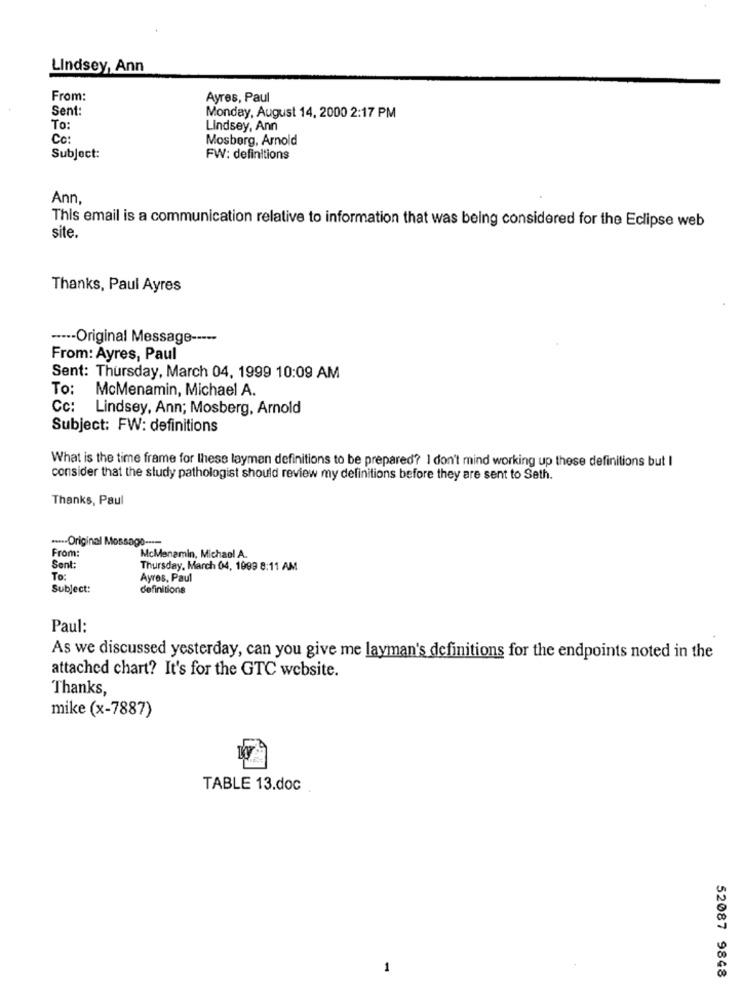
Lindsey, Ann
From:
Ayres, Paul
Sent:
Monday, August 14, 2000 2:17 PM
To:
Lindsey, Ann
Co:
Mosberg, Arnold
Subject:
FW: definitions
Ann,
This email is a communication relative to information that was being considered for the Eclipse web
site.
Thanks, Paul Ayres
----- Original Message -----
From: Ayres, Paul
Sent: Thursday, March 04, 1999 10:09 AM
To: McMenamin, Michael A.
Cc: Lindsey, Ann; Mosberg, Arnold
Subject: FW: definitions
What is the time frame for these layman definitions to be prepared? I don't mind working up these definitions but I
consider that the study pathologist should review my definitions before they are sent to Seth.
Thanks, Paul
····- Original Message ----
From :
McMenamin, Michael A.
Sent
Thursday, March 04, 1999 8:11 AM
To:
Ayres, Paul
Subject:
definitions
Paul:
As we discussed yesterday, can you give me layman's definitions for the endpoints noted in the
attached chart? It's for the GTC website.
Thanks,
mike (x-7887)
TABLE 13.doc
1
52087 9848